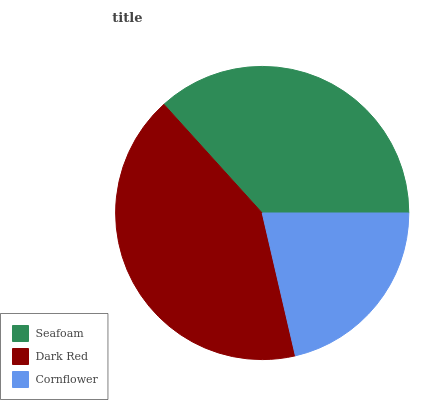
| Seafoam | Dark Red | Cornflower |
 | --- | --- | --- |
 | 36.8% | 41.9% | 21.3% |